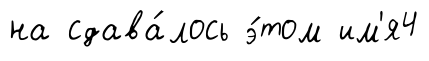
на сдава́лось э́том им'я4